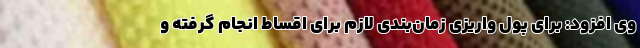
وی افزود: برای پول واریزی زمان‌بندی لازم برای اقساط انجام گرفته و